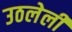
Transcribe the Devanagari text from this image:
उठलेली